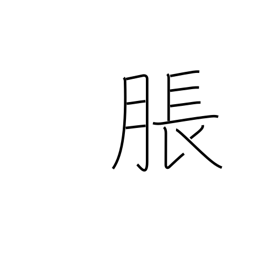
Meaning: bulge